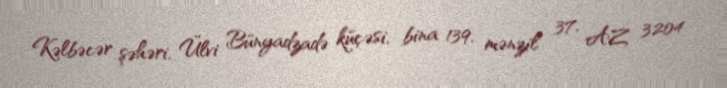
Kəlbəcər şəhəri, Ülvi Bünyadzadə küçəsi, bina 139, mənzil 37, AZ 3204